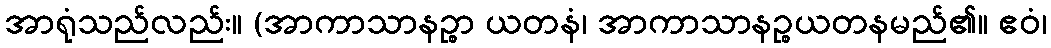
အာရုံသည်လည်း။ (အာကာသာနဉ္စာ ယတနံ၊ အာကာသာနဉ္စယတနမည်၏။ ဧဝံ၊